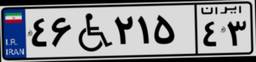
۴۶W۲۱۵۴۳